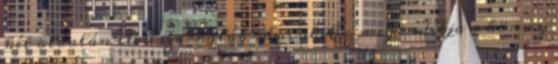
két oldalán lévő szarkaláb ráncok. Ez megindítja a könny